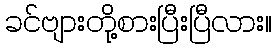
ခင်ဗျားတို့စားပြီးပြီလား။